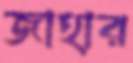
জাহার